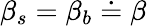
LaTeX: \beta_{s}=\beta_{b}\doteq\beta